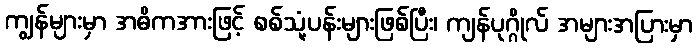
ကျွန်များမှာ အဓိကအားဖြင့် စစ်သုံ့ပန်းများဖြစ်ပြီး၊ ကျန်ပုဂ္ဂိုလ် အများအပြားမှာ